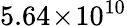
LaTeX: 5.64\! \times\! 10^{10}